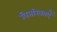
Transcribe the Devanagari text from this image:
वितरिकाएँ